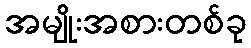
အမျိုးအစားတစ်ခု